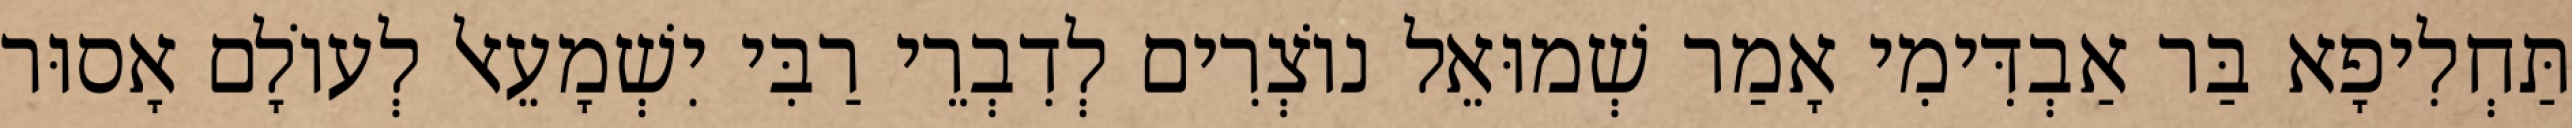
תַּחְלִיפָא בַּר אַבְדִּימִי אָמַר שְׁמוּאֵל נוֹצְרִים לְדִבְרֵי רַבִּי יִשְׁמָעֵאל לְעוֹלָם אָסוּר